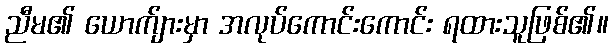
ညီမ၏ ယောက်ျားမှာ အလုပ်ကောင်းကောင်း ရထားသူဖြစ်၏။